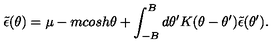
\tilde { \epsilon } ( \theta ) = \mu - m c o s h \theta + \int _ { - B } ^ { B } d \theta ^ { \prime } K ( \theta - \theta ^ { \prime } ) \tilde { \epsilon } ( \theta ^ { \prime } ) .